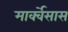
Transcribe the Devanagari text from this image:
मार्क्वेसास